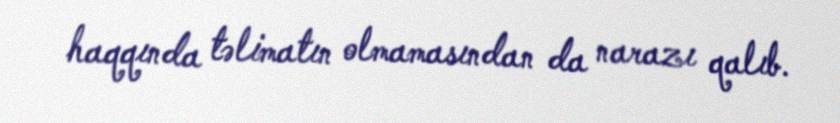
haqqında təlimatın olmamasından da narazı qalıb.